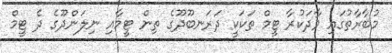
މުބާރާތުގައި ވާދަކުރާ ޓީމް ތަކަކީ ދަރަނބޫދޫގެ ތިން ޓީމާއި ނިލަންދޫގެ ދެ ޓީމް